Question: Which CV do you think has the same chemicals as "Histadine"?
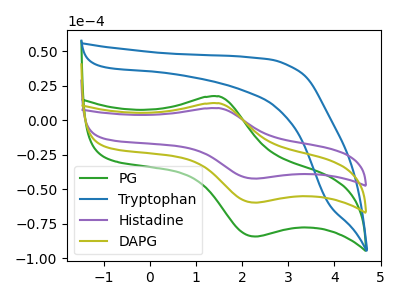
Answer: <think>The green curve "PG" has an anodic peak at (1.50V, 17.25uA) and a cathodic peak at (2.30V, -84.40uA). The blue curve "Tryptophan" has no peaks. The purple curve "Histadine" has an anodic peak at (1.50V, 24.45uA) and a cathodic peak at (2.30V, -119.65uA). The olive curve "DAPG" has an anodic peak at (1.50V, 12.20uA) and a cathodic peak at (2.30V, -59.85uA).
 "PG" and "Tryptophan" have a different number of peaks. All the peaks in "PG" have a peak in "Histadine" at the same potential. Every peak in "PG" is lower than every peak in "Histadine". All the peaks in "PG" have a peak in "DAPG" at the same potential. Every peak in "PG" is higher than every peak in "DAPG". "Tryptophan" and "Histadine" have a different number of peaks. "Tryptophan" and "DAPG" have a different number of peaks. All the peaks in "Histadine" have a peak in "DAPG" at the same potential. Every peak in "Histadine" is higher than every peak in "DAPG".</think>
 <answer>"Histadine" and "DAPG" have a similar shape to "PG".</answer>
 <eval>"Histadine" "DAPG"</eval>